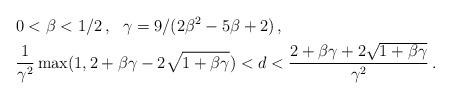
LaTeX: \begin{align*}&0<\beta <1/2\,,\ \ \gamma =9/(2\beta ^{2}-5\beta +2)\,,\\&\frac{1}{\gamma^2 }\max(1,2+\beta\gamma-2\sqrt{1+\beta\gamma}) < d < \frac{2+\beta\gamma+2\sqrt{1+\beta\gamma}}{\gamma^2 }\,.\end{align*}